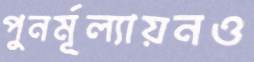
পুনর্মূল্যায়নও